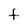
Character: t